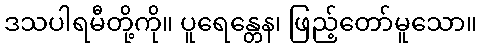
ဒသပါရမီတို့ကို။ ပူရေန္တေန၊ ဖြည့်တော်မူသော။